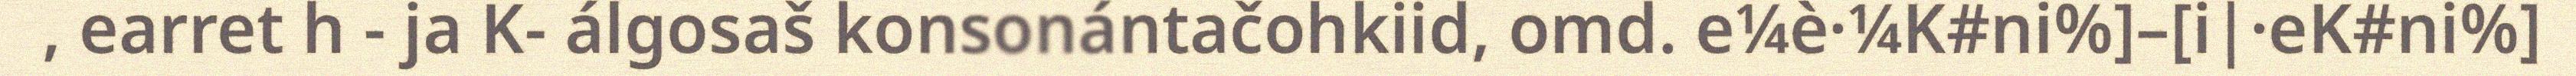
, earret h - ja K- álgosaš konsonántačohkiid, omd. e¼è·¼K#ni%]–[i|·eK#ni%]